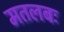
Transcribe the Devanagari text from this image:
मतलबः